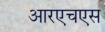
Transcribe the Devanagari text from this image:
आरएचएस